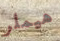
هيملر